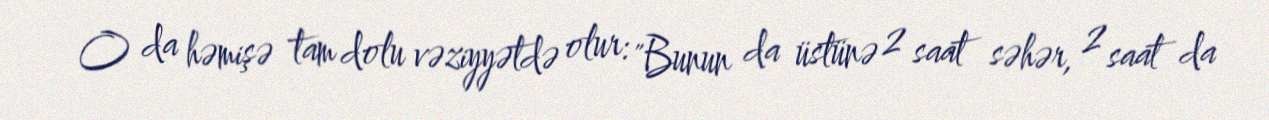
O da həmişə tam dolu vəziyyətdə olur: "Bunun da üstünə 2 saat səhər, 2 saat da